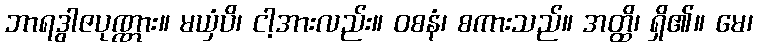
ဘာရဒွါဇပုဏ္ဏား။ မယှံပိ၊ ငါ့အားလည်း။ ဝစနံ၊ စကားသည်။ အတ္ထိ၊ ရှိ၏။ မေ၊